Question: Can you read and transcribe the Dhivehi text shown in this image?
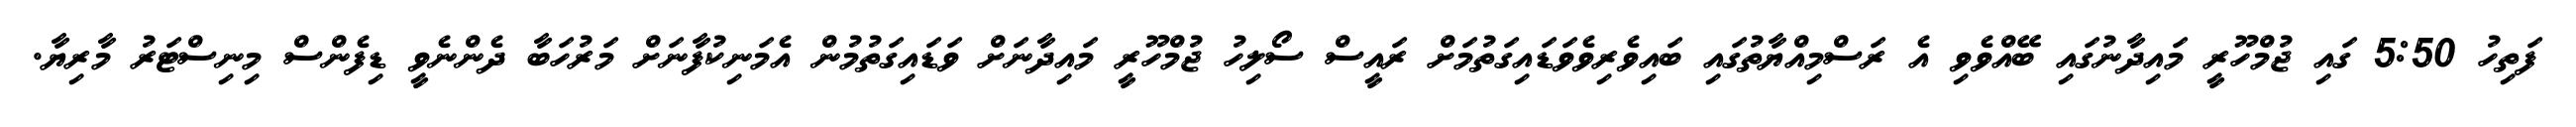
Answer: ފަތިހު 5:50 ގައި ޖުމްހޫރީ މައިދާނުގައި ބޭއްވެވި އެ ރަސްމިއްޔާތުގައި ބައިވެރިވެވަޑައިގަތުމަށް ރައީސް ސޯލިހު ޖުމްހޫރީ މައިދާނަށް ވަޑައިގަތުމުން އެމަނިކުފާނަށް މަރުހަބާ ދެންނެވީ ޑިފެންސް މިނިސްޓަރު މާރިޔާ.